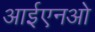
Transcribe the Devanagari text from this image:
आईएनओ